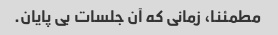
مطمئنا، زمانی که آن جلسات بی پایان.